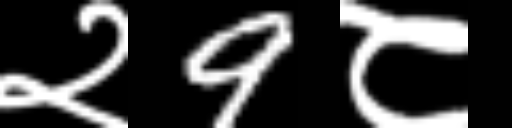
Text: २9८